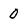
Character: 0